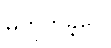
မဟုတ်ခဲ့ပေ